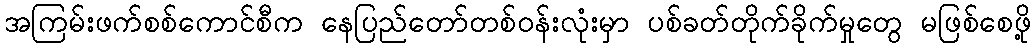
အကြမ်းဖက်စစ်ကောင်စီက နေပြည်တော်တစ်ဝန်းလုံးမှာ ပစ်ခတ်တိုက်ခိုက်မှုတွေ မဖြစ်စေဖို့